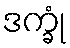
ဒက္ခုံ